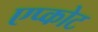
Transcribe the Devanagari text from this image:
एप्कोट